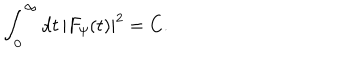
\int _ { 0 } ^ { \infty } \mathrm { d } t \, | F _ { \psi } ( t ) | ^ { 2 } = C .